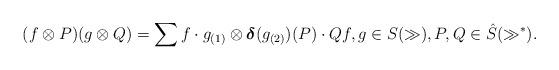
LaTeX: \begin{gather*}(f\otimes P) (g\otimes Q) = \sum f\cdot g_{(1)}\otimes {\boldsymbol \delta}(g_{(2)})(P)\cdot Qf,g\in S(\gg),P,Q\in\hat{S}(\gg^*).\end{gather*}